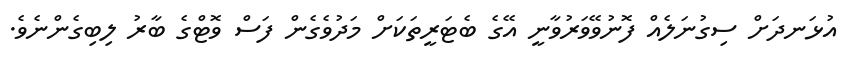
އުޅަނދަށް ސިގުނަލެއް ފޮނުވޭވަރުވާނީ އޭގެ ބެޓަރީތަކަށް މަދުވެގެން ފަސް ވޮޓްގެ ބާރު ލިބިގެންނެވެ.